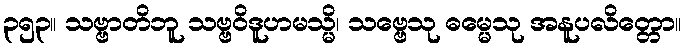
၃၅၃။ သဗ္ဗာတိဘူ သဗ္ဗဝိဒူဟမသ္မိ၊ သဗ္ဗေသု ဓမ္မေသု အနူပလိတ္တော။